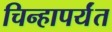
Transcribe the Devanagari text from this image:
चिन्हापर्यंत